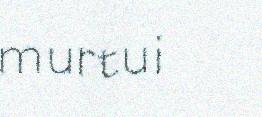
murtui